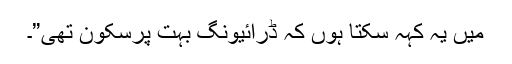
میں یہ کہہ سکتا ہوں کہ ڈرائیونگ بہت پرسکون تھی”۔